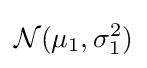
{\mathcal {N}}(\mu _{1},\sigma _{1}^{2})